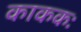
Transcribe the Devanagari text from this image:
काककः